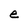
Character: e